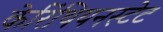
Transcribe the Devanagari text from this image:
केरिंथियनस्टेट